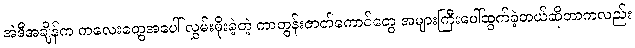
အဲဒီအချိန်က ကလေးတွေအပေါ် လွှမ်းမိုးခဲ့တဲ့ ကာတွန်းဇာတ်ကောင်တွေ အများကြီးပေါ်ထွက်ခဲ့တယ်ဆိုတာကလည်း